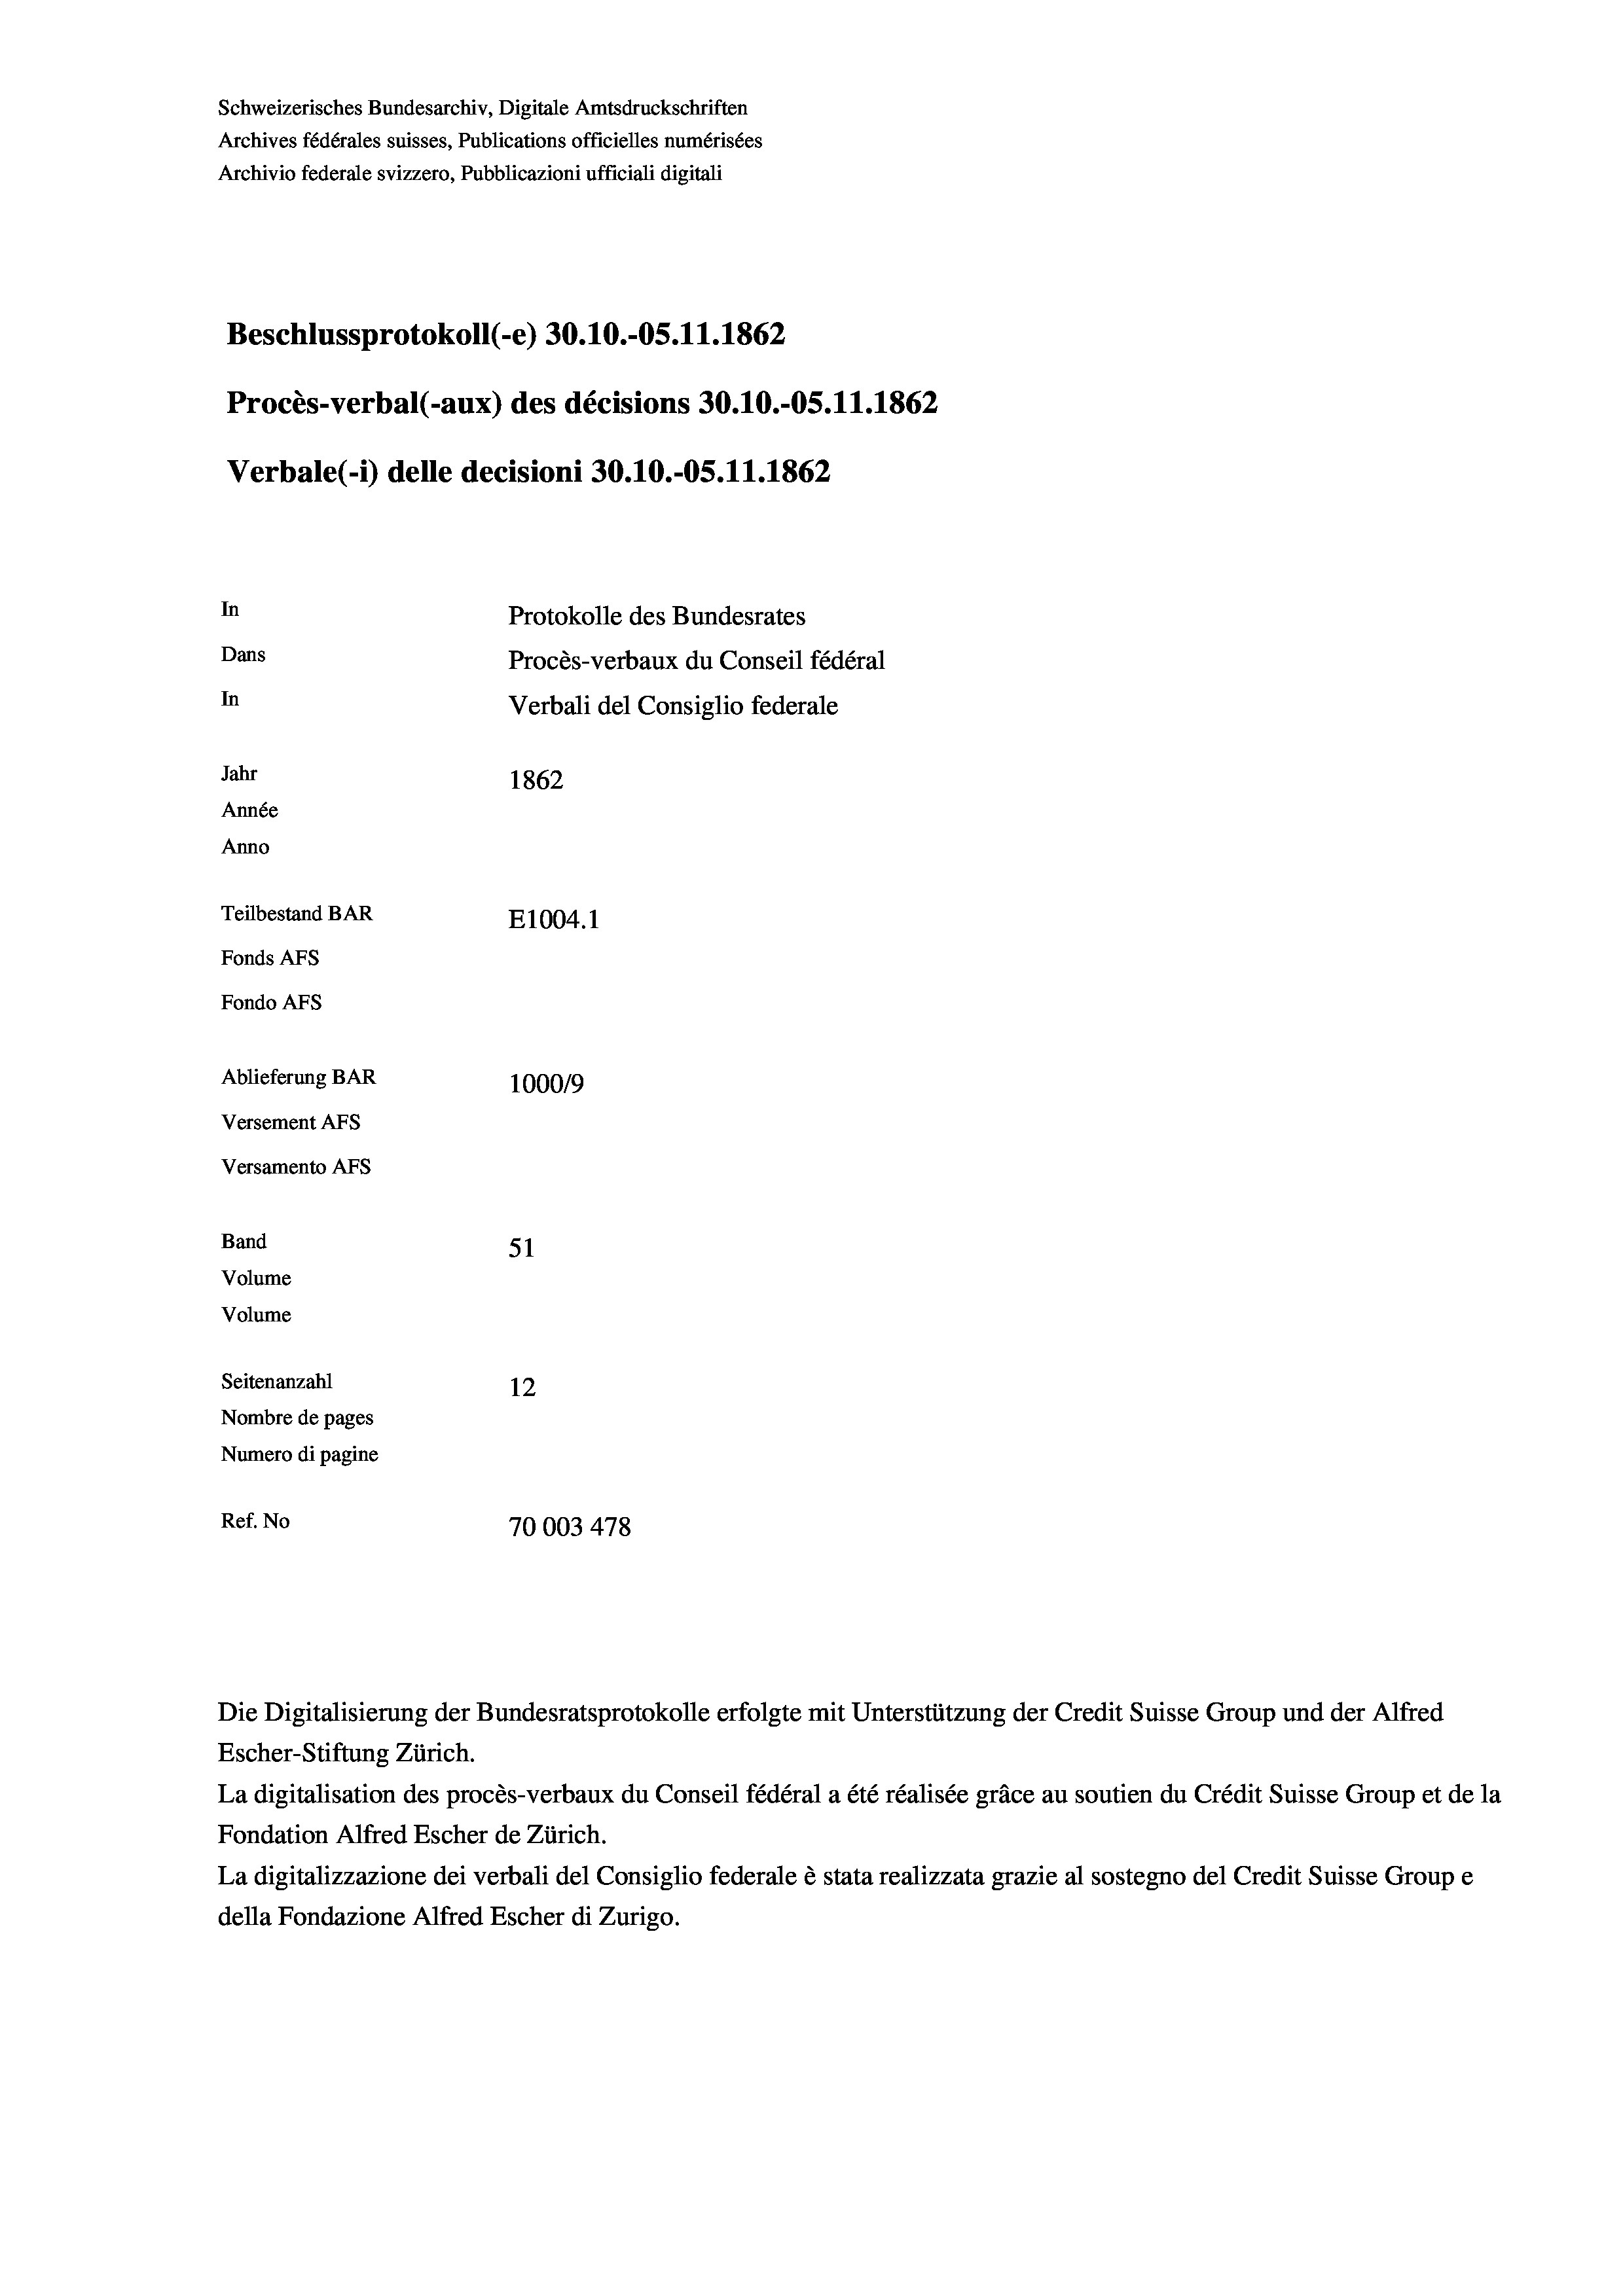
Schweizerisches Bundesarchiv, Digitale Amtsdruckschriften
Archives fédérales suisses, Publications officielles numérisées
Archivio federale svizzero, Pubblicazioni ufficiali digitali
Beschlussprotokoll (-e) 30.10.-OS. 11. 1862
Procès-verbal (-aux) des décisions 30.10.-OS.11.1862
Verbale (- 1) delle decisioni 30.10.-OS.11.1862
In
Protokolle des Bundesrates
Dans
Procès-verbaux du Conseil fédéral
In
Verbali del Consiglio federale
Jahr
1862
Année
Anno
Teilbestand BAR
E1004. 1
Fonds AFs
Fondo AFs
Ablieferung BAR
100019
Versement AFs
Versamento AFs
Band
51
Volume
Volume
Seitenanzahl
12
Nombre de pages
Numero di pagine
Ref. No
70003 478

La digitalisation des procès-verbaux du Conseil fédéral a été réalisée gräce au soutien du Crédit Suisse Group et de la
Fondation Alfred Escher de Zürich.
La digitalizzazione dei verbali del Consiglio federale è stata realizzata grazie al sostegno del Credit Suisse Groupe
della Fondazione Alfred Escher di Zurigo.

Die Digitalisierung der Bundesratsprotokolle erfolgte mit Unterstützung der Credit Suisse Group und der Alfred
Escher-Stiftung Zürich.